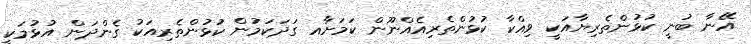
އޭނާ ބުނީ ކުޅުންތެރިޔާއަކީ ވިއްކާ ކުޅުންތެރިއެއްނޫން ކަމަށާއ ގަދަކަމުން ކުޅުންތެރިއަކު ގެންދަން އުޅުމަކީ